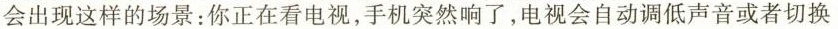
会出现这样的场景：你正在看电视，手机突然响了，电视会自动调低声音或者切换